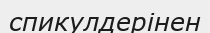
спикулдерінен